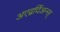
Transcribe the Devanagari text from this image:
अएद्वर्दिअन्स्